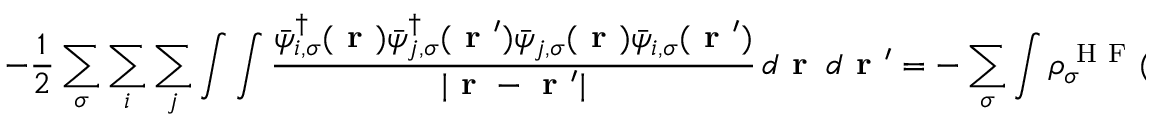
- \frac { 1 } { 2 } \sum _ { \sigma } \sum _ { i } \sum _ { j } \int \int \frac { \bar { \psi } _ { i , \sigma } ^ { \dagger } ( \boldsymbol { \textbf { r } } ) \bar { \psi } _ { j , \sigma } ^ { \dagger } ( \boldsymbol { \textbf { r } } ^ { \prime } ) \bar { \psi } _ { j , \sigma } ( \boldsymbol { \textbf { r } } ) \bar { \psi } _ { i , \sigma } ( \boldsymbol { \textbf { r } } ^ { \prime } ) } { | \boldsymbol { \textbf { r } } - \boldsymbol { \textbf { r } } ^ { \prime } | } \, d \boldsymbol { \textbf { r } } \, d \boldsymbol { \textbf { r } } ^ { \prime } = - \sum _ { \sigma } \int \rho _ { \sigma } ^ { \mathrm { ~ H ~ F ~ } } ( \boldsymbol { \textbf { r } } ) \boldsymbol { \textbf { r } } \cdot \nabla \bar { v } _ { \mathrm { ~ x ~ } , \sigma } [ \rho _ { \sigma } ^ { \mathrm { ~ H ~ F ~ } } ] ( \boldsymbol { \textbf { r } } ) \, d \boldsymbol { \textbf { r } } \, .